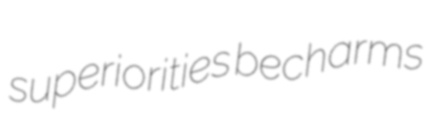
superiorities becharms